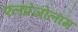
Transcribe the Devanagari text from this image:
एलप्रेजोलॉम